画像に写った文字を読んでください
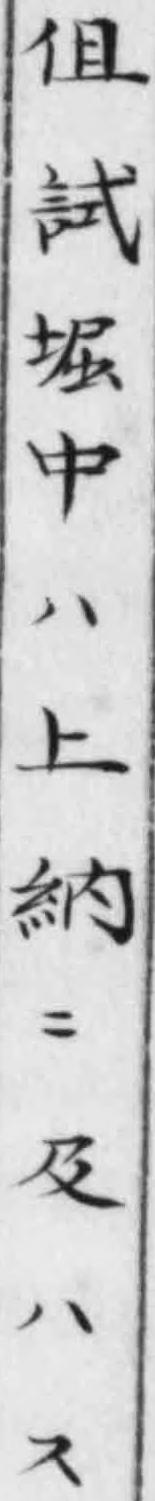
「伹試堀中ハ上納ニ及ハス」と書いてあります